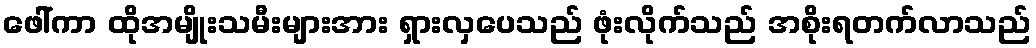
ဖေါ်ကာ ထိုအမျိုးသမီးများအား ရှားလှပေသည် ဖုံးလိုက်သည် အစိုးရတက်လာသည်